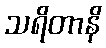
သရိတာနိ